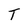
Character: T